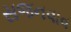
સજનવાવ